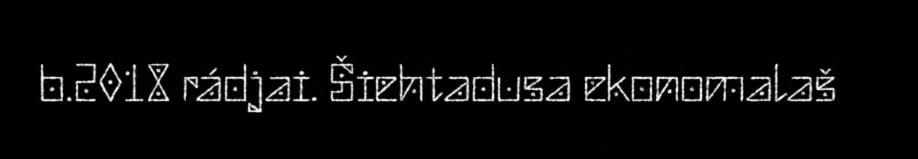
b.2018 rádjai. Šiehtadusa ekonomalaš